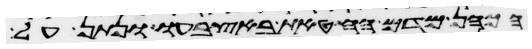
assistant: הכהן מדם החטאת באצבעו ונתן על